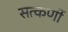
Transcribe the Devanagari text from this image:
सत्कर्णी